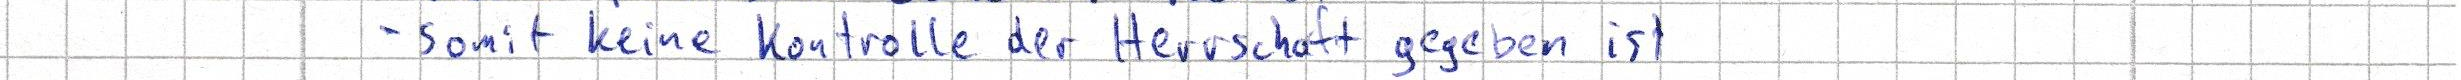
- somit keine Kontrolle der Herrschaft gegeben ist